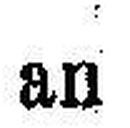
an